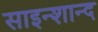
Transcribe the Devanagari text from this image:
साइन्शान्द